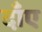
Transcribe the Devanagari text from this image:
दाँए